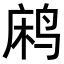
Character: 𬸐